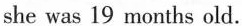
she was 19 months old.